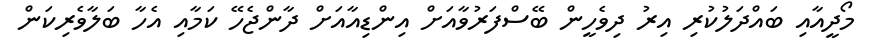
މޯދީއާއި ބައްދަލުކުރި އިރު ދިވެހީން ބޭސްފަރުވާއަށް އިންޑިއާއަށް ދާންޖެހޭ ކަމާއި އެހާ ބަލާވެރިކަން